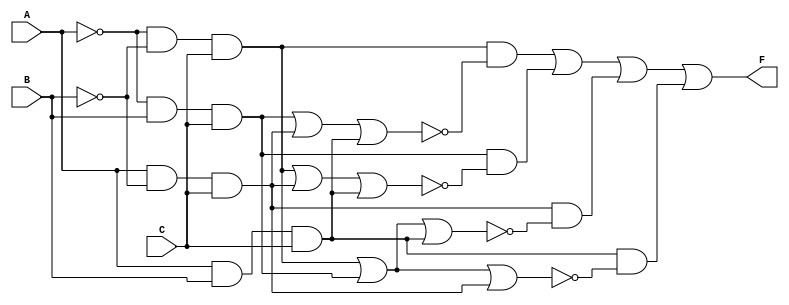
module EssentialPrimeImplicants (
    input wire A,
    input wire B,
    input wire C,
    output wire F
);

// Define minterms for the truth table
// Assuming minterms: 1, 3, 5, 7 producing output HIGH
parameter MINTERM_1 = 3'b001; // 1 -> A'B'C
parameter MINTERM_3 = 3'b011; // 3 -> A'BC
parameter MINTERM_5 = 3'b101; // 5 -> AB'C
parameter MINTERM_7 = 3'b111; // 7 -> ABC

// Generate prime implicants from the minterms
wire minterm_1 = (A == 0 && B == 0 && C == 1);
wire minterm_3 = (A == 0 && B == 1 && C == 1);
wire minterm_5 = (A == 1 && B == 0 && C == 1);
wire minterm_7 = (A == 1 && B == 1 && C == 1);

// Identify essential prime implicants
// EPI Check logic
wire EPI1 = minterm_1 && !(minterm_3 || minterm_5 || minterm_7); // EPI for 1
wire EPI2 = minterm_3 && !(minterm_1 || minterm_5 || minterm_7); // EPI for 3
wire EPI3 = minterm_5 && !(minterm_1 || minterm_3 || minterm_7); // EPI for 5
wire EPI4 = minterm_7 && !(minterm_1 || minterm_3 || minterm_5); // EPI for 7

// Combine essential prime implicants
assign F = EPI1 || EPI2 || EPI3 || EPI4;

// Additional simplification can be applied based on EPI coverage
// For this example, we consider all EPIs to generate the output
endmodule